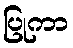
ပြုကာ